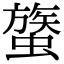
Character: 𧐈